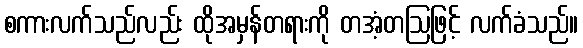
စကားလက်သည်လည်း ထိုအမှန်တရားကို တအံ့တဩဖြင့် လက်ခံသည်။